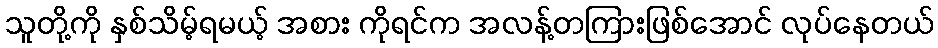
သူတို့ကို နှစ်သိမ့်ရမယ့် အစား ကိုရင်က အလန့်တကြားဖြစ်အောင် လုပ်နေတယ်